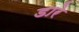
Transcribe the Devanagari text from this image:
डारे